Report on the working of the Ranchi Indian Mental Hospital, Kanke, in Bihar and Orissa - 1930-1940
Year: 1930
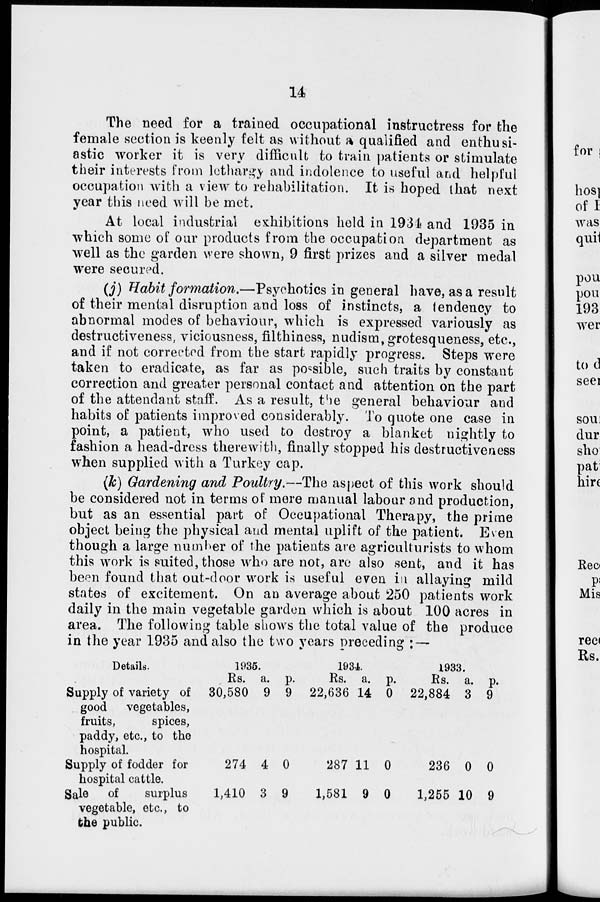
14
The need for a trained occupational instructress for the
female section is keenly felt as without a qualified and enthusi-
astic worker it is very difficult to train patients or stimulate
their interests from lethargy and indolence to useful and helpful
occupation with a view to rehabilitation. It is hoped that next
year this need will be met.
At local industrial exhibitions held in 1934 and 1935 in
which some of our products from the occupation department as
well as the garden were shown, 9 first prizes and a silver medal
were secured.
(j) Habit formation.—Psychotics in general have, as a result
of their mental disruption and loss of instincts, a tendency to
abnormal modes of behaviour, which is expressed variously as
destructiveness, viciousness, filthiness, nudism, grotesqueness, etc.,
and if not corrected from the start rapidly progress. Steps were
taken to eradicate, as far as possible, such traits by constant
correction and greater personal contact and attention on the part
of the attendant staff. As a result, the general behaviour and
habits of patients improved considerably. To quote one case in
point, a patient, who used to destroy a blanket nightly to
fashion a head-dress therewith, finally stopped his destructiveness
when supplied with a Turkey cap.
(k) Gardening and Poultry.—The aspect of this work should
be considered not in terms of mere manual labour and production,
but as an essential part of Occupational Therapy, the prime
object being the physical and mental uplift of the patient. Even
though a large number of the patients are agriculturists to whom
this work is suited, those who are not, are also sent, and it has
been found that out-door work is useful even in allaying mild
states of excitement. On an average about 250 patients work
daily in the main vegetable garden which is about 100 acres in
area. The following table shows the total value of the produce
in the year 1935 and also the two years preceding : —
Details.
Supply of variety of
good vegetables,
fruits,
spices,
paddy, etc., to the
hospital.
Supply of fodder for
hospital cattle.
Sale of
surplus
vegetable, etc., to
the public.
1935.
Rs.
30,580
274
1,410
a.
9
4
3
p.
9
0
9
1934
Rs.
22,636
287
1,581
a.
14
11
9
p.
0
0
0
1933.
Rs.
22,884
236
1,255
a.
3
0
10
p.
9
0
9